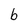
Character: b